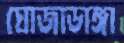
ঘোজাডাঙ্গা